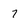
Character: 7